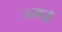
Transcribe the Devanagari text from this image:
ऊमाजी